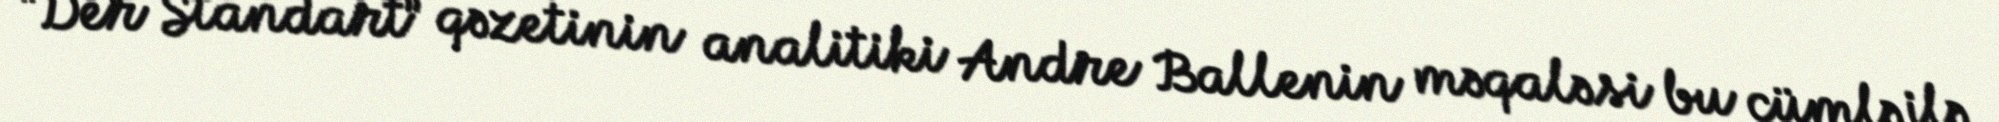
“Der Standart” qəzetinin analitiki Andre Ballenin məqaləsi bu cümlə ilə